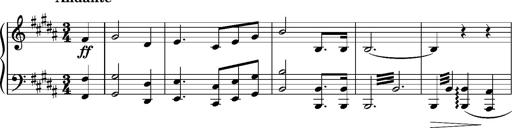
Title: 5 Album-Leaves, S.166t
Composer: Franz Liszt